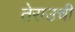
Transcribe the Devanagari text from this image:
तेराउची